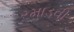
રમાડવી